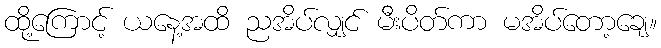
ထို့ကြောင့် ယနေ့အထိ ညအိပ်လျှင် မီးပိတ်ကာ မအိပ်တော့ချေ။